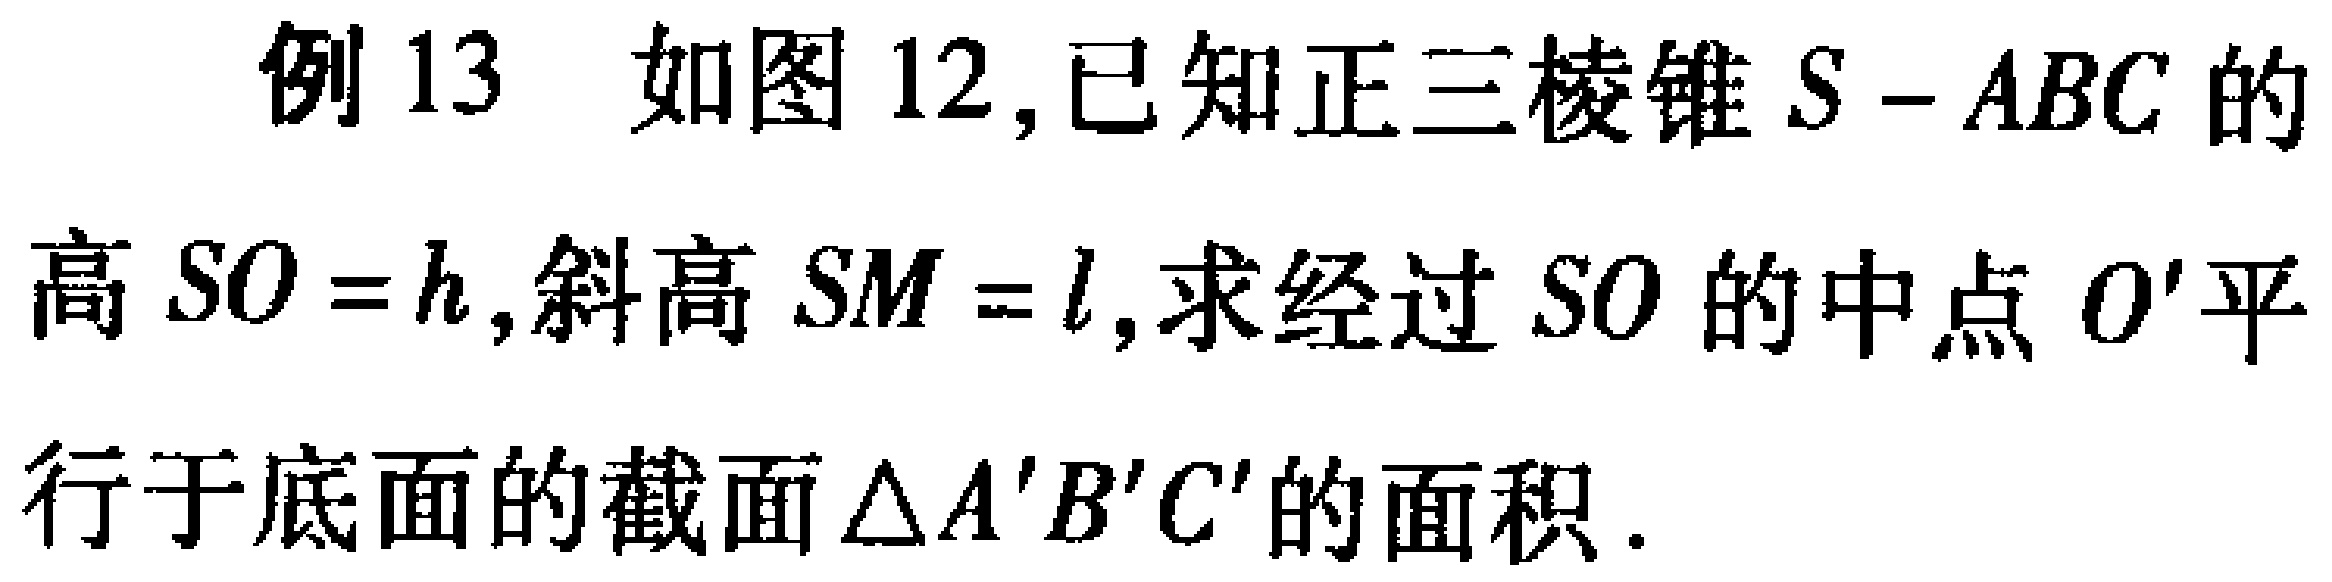
例 13 如图 12,已知正三棱锥 \(S - ABC\) 的
高 \(SO = h\),斜高 \(SM = l\),求经过 \(SO\) 的中点 \(O'\) 平
行于底面的截面 \(\triangle A'B'C'\) 的面积.